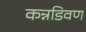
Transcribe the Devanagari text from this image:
कन्नडिवण